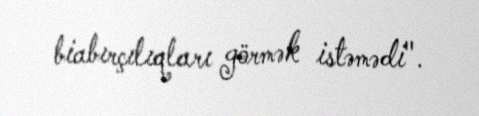
biabırçılıqları görmək istəmədi".